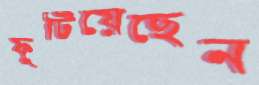
ফুটিয়েছেন